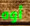
أوه